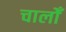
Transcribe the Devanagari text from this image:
चालोँ